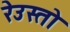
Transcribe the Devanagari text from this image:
रेउस्तो